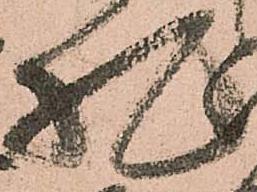
札